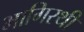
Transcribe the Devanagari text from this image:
भागिरथी